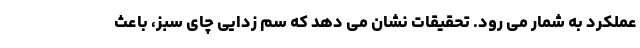
عملکرد به شمار می رود. تحقیقات نشان می دهد که سم زدایی چای سبز، باعث